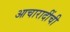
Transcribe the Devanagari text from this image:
आचारादींची